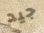
جيد